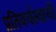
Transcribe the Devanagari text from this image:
प्रतिवर्चस्वाची